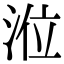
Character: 涖